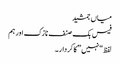
میاں جمشید
فیس بک صنف نازک اور ہم
لفظ “نہیں” کا کردار ۔